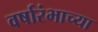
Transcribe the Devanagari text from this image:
वर्षारंभाच्या